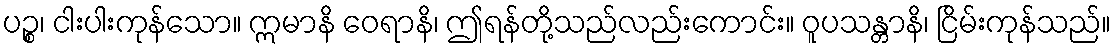
ပဉ္စ၊ ငါးပါးကုန်သော။ ဣမာနိ ဝေရာနိ၊ ဤရန်တို့သည်လည်းကောင်း။ ဝူပသန္တာနိ၊ ငြိမ်းကုန်သည်။